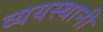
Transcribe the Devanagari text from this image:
व्ययस्थानी